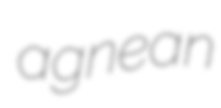
agnean